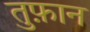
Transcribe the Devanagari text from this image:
तुफ़ान